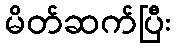
မိတ်ဆက်ပြီး